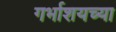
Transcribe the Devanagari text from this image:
गर्भाशयच्या